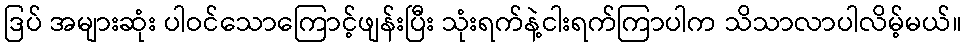
ဒြပ် အများဆုံး ပါဝင်သောကြောင့်ဖျန်းပြီး သုံးရက်နဲ့ငါးရက်ကြာပါက သိသာလာပါလိမ့်မယ်။